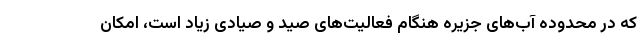
که در محدوده آب‌های جزیره هنگام فعالیت‌های صید و صیادی زیاد است، امکان